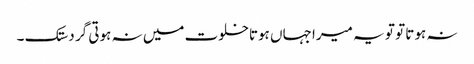
نہ ہوتا تو تو یہ میرا جہاں ہوتاخلوت میں نہ ہوتی گر دستک ۔